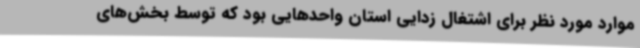
موارد مورد نظر برای اشتغال زدایی استان واحدهایی بود که توسط بخش‌های